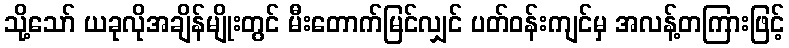
သို့သော် ယခုလိုအချိန်မျိုးတွင် မီးတောက်မြင်လျှင် ပတ်ဝန်းကျင်မှ အလန့်တကြားဖြင့်